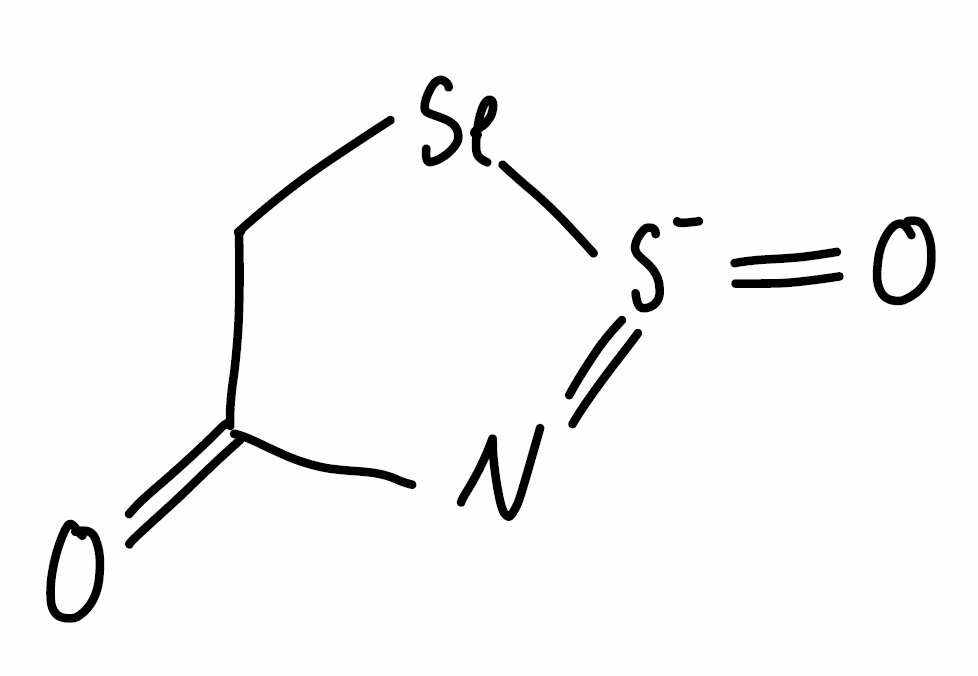
Simplified molecular-input line-entry system (SMILES) notation of the given molecule:
C1C(=O)N=[S-](=O)[Se]1